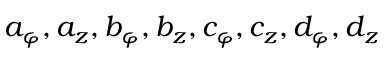
a _ { \varphi } , a _ { z } , b _ { \varphi } , b _ { z } , c _ { \varphi } , c _ { z } , d _ { \varphi } , d _ { z }